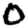
Digit: 0